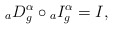
\begin{align*}{}_aD_g^{\alpha} \circ {}_{a}I_g^{\alpha}= I, \end{align*}